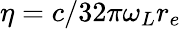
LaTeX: \eta=c/32\pi\omega_{L}r_{e}